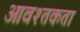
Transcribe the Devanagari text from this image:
आवश्तकता